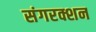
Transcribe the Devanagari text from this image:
संगरक्शन